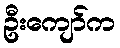
ဦးကျော်က